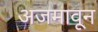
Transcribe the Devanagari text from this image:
अजमावून